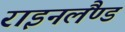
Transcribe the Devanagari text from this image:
राइनलैंण्ड